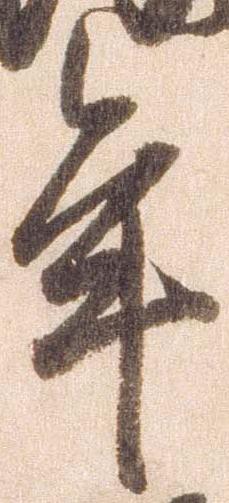
年